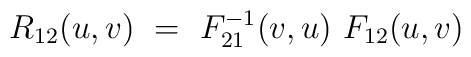
R_{12}(u,v)\ =\ F_{21}^{-1}(v,u)\ F_{12}(u,v)